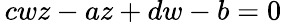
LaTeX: \, cwz-az+dw-b=0